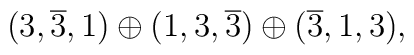
(3,\overline{3},1) \oplus (1,3,\overline{3}) \oplus (\overline{3},1,3),